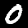
Label: 0